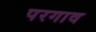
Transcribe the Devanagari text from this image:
परगाव